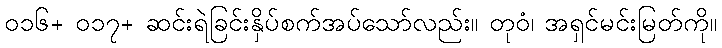
၀၁၆+ ၀၁၇+ ဆင်းရဲခြင်းနှိပ်စက်အပ်သော်လည်း။ တုဝံ၊ အရှင်မင်းမြတ်ကို။